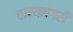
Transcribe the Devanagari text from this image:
हास्यनगरी